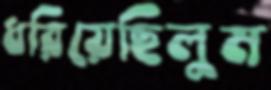
ধরিয়েছিলুম